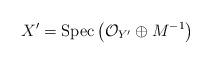
LaTeX: \begin{align*}X^{\prime}=\mathrm{Spec}\left( \mathcal{O}_{Y^{\prime}}\oplus M^{-1} \right)\end{align*}